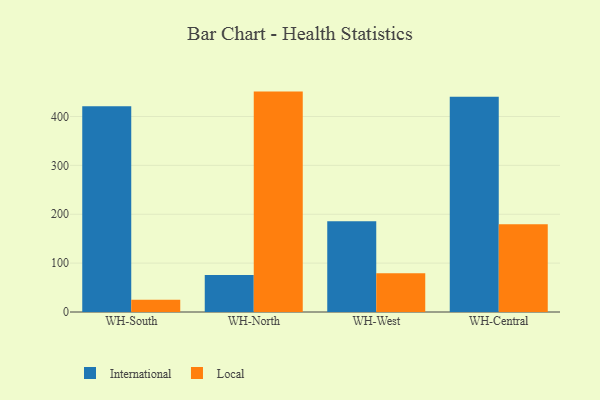
{"axis": {"x": "Warehouse", "y": "Production Output"}, "legend": ["International", "Local"], "data": [{"x": "WH-South", "y": 420.7, "type": "International"}, {"x": "WH-South", "y": 25.0, "type": "Local"}, {"x": "WH-North", "y": 75.9, "type": "International"}, {"x": "WH-North", "y": 450.9, "type": "Local"}, {"x": "WH-West", "y": 185.5, "type": "International"}, {"x": "WH-West", "y": 79.1, "type": "Local"}, {"x": "WH-Central", "y": 440.3, "type": "International"}, {"x": "WH-Central", "y": 179.7, "type": "Local"}]}